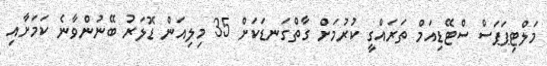
މަލްޓިޕަޕަސް ސްޓޭޑިއަމް ތަރައްގީ ކުރުމަށް ގާތްގަނޑަކަށް 35 މިލިއަން ޑޮލަރު ބޭނުންވާނެ ކަމަށާއި